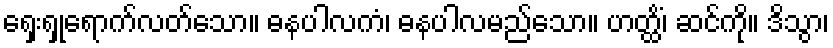
ရှေးရှုရောက်လတ်သော။ ဓနပါလကံ၊ ဓနပါလမည်သော။ ဟတ္ထိံ၊ ဆင်ကို။ ဒိသွာ၊